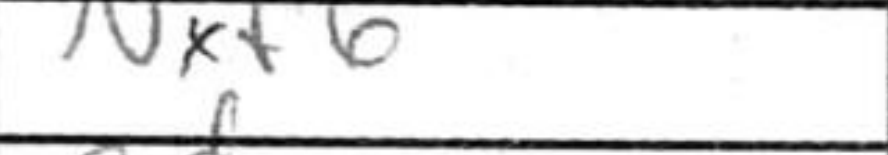
Transcription: Nxf6